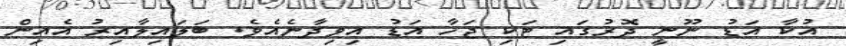
އުކާ އަޑު ނޫނީ ދޮރުގައި ޓަކި ޖަހާ އަޑު އިވިދާނެއެވެ. ބަލައިލާއިރު އެއިން